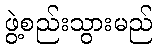
ဖွဲ့စည်းသွားမည်